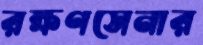
রক্ষণসেনার